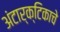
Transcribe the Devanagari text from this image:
अंटार्क्टिकाचे